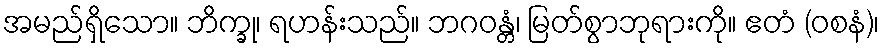
အမည်ရှိသော။ ဘိက္ခု၊ ရဟန်းသည်။ ဘဂဝန္တံ၊ မြတ်စွာဘုရားကို။ ဧတံ (ဝစနံ)၊